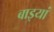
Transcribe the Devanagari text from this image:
बाइयां